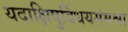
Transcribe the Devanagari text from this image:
यदाक्षिषुर्दिधयमंमश्वा